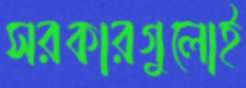
সরকারগুলোই